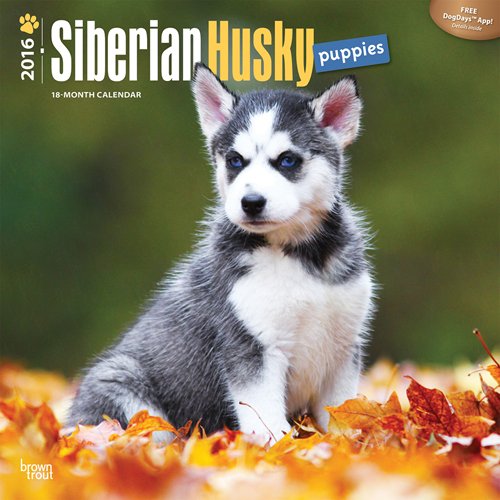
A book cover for Siberian Husky Puppies 2016 Square 12x12; Browntrout Publishers; Calendars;